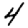
Digit: 4